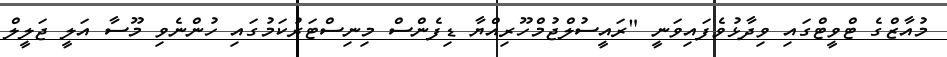
މުއާޒްގެ ޓްވީޓްގައި ވިދާޅުވެފައިވަނީ "ރައީސުލްޖުމްހޫރިއްޔާ ޑިފެންސް މިނިސްޓަރުކަމުގައި ހުންނެވި މޫސާ އަލީ ޖަލީލް